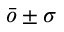
\bar { o } \pm \sigma